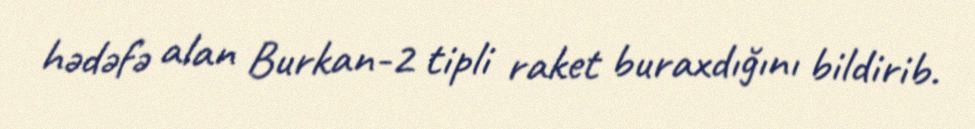
hədəfə alan Burkan-2 tipli raket buraxdığını bildirib.